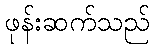
ဖုန်းဆက်သည်